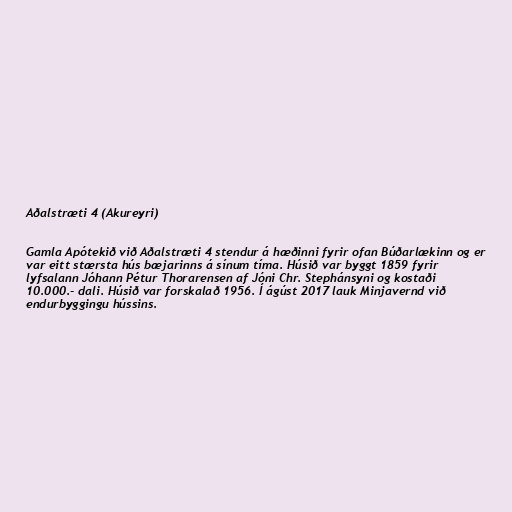
Aðalstræti 4 (Akureyri)

Gamla Apótekið við Aðalstræti 4 stendur á hæðinni fyrir ofan Búðarlækinn og er
var eitt stærsta hús bæjarinns á sínum tíma. Húsið var byggt 1859 fyrir
lyfsalann Jóhann Pétur Thorarensen af Jóni Chr. Stephánsyni og kostaði
10.000.- dali. Húsið var forskalað 1956. Í ágúst 2017 lauk Minjavernd við
endurbyggingu hússins.